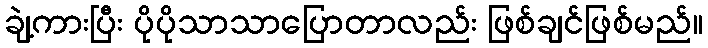
ချဲ့ကားပြီး ပိုပိုသာသာပြောတာလည်း ဖြစ်ချင်ဖြစ်မည်။